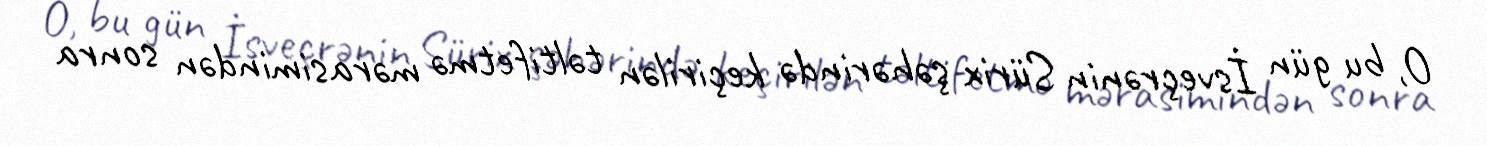
O, bu gün İsveçrənin Sürix şəhərində keçirilən təltifetmə mərasimindən sonra